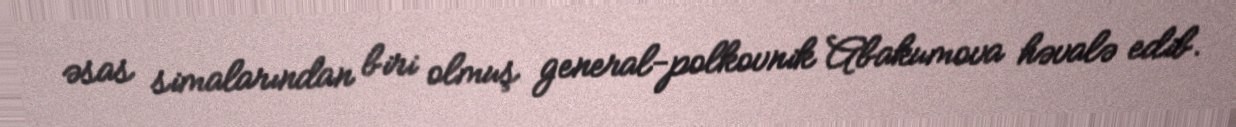
əsas simalarından biri olmuş general-polkovnik Abakumova həvalə edib.